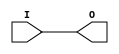
// This program was cloned from: https://github.com/aolofsson/oh
// License: MIT License

module BUFG (/*AUTOARG*/
   // Outputs
   O,
   // Inputs
   I
   );
   input I;
   output O;

   assign O = I;
   
endmodule // IBUFDS